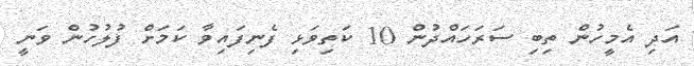
އަދި އެމީހުން ތިބި ސަރަހައްދުން 10 ކަތިވަޅި ފެނިފައިވާ ކަމަށް ފުލުހުން ވަނީ